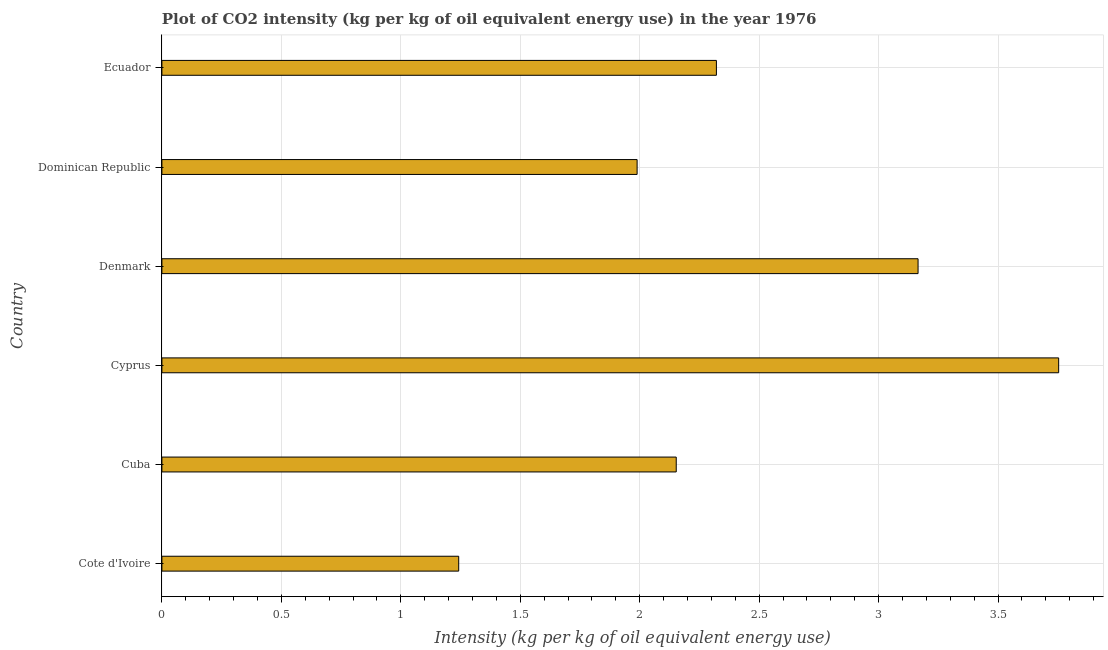
| Country | CO2 intensity |
 | --- | --- |
 | Cote d'Ivoire | 1.24 |
 | Cuba | 2.15 |
 | Cyprus | 3.75 |
 | Denmark | 3.17 |
 | Dominican Republic | 1.99 |
 | Ecuador | 2.32 |